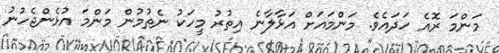
މަންމަ ރޮއެ ހަދައެވެ. މަންމައަށް އަޅާލާނެ އިތުރު މީހަކު ނެތުމުން މަންމަ އުޅެންޖެހުނު